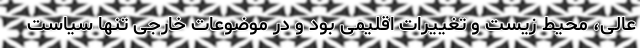
عالی، محیط زیست و تغییرات اقلیمی بود و در موضوعات خارجی تنها سیاست